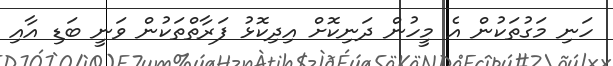
ހަނި މަގުތަކުން އެ މީހުން ދަނިކޮށް އިދިކޮޅު ފަރާތްތަކުން ވަނީ ބަޑި އާއި